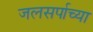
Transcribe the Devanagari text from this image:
जलसर्पाच्या